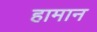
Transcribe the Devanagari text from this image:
हामान